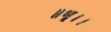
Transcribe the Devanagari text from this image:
॥धृ।।